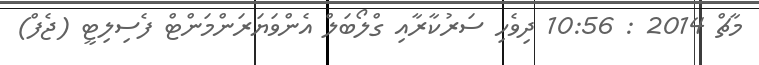
މާޗް 2014 : 10:56 ދިވެހި ސަރުކާރާއި ގްލޯބަލް އެންވަޔަރަންމަންޓް ފެސިލިޓީ (ޖެފް)